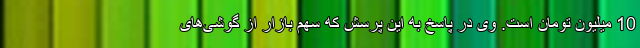
10 میلیون تومان است. وی در پاسخ به این پرسش که سهم بازار از گوشی‌های